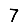
Digit: 7